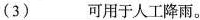
(3)___可用于人工降雨。